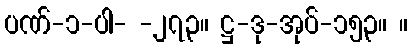
ပဏ်-၁-ပါ- -၂၇၃။ ဋ္ဌ-ဒု-အုပ်-၁၅၃။ ။